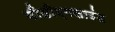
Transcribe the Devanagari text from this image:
वीडीएमसाउंड